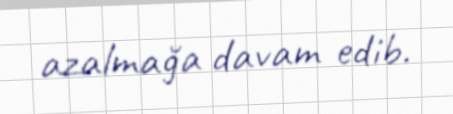
azalmağa davam edib.